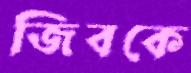
জিবকে